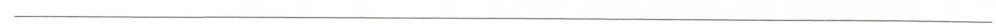
___